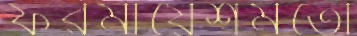
ফরমায়েশমতো